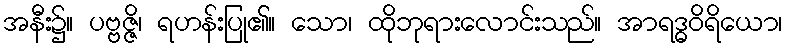
အနီး၌။ ပဗ္ဗဇ္ဇိ၊ ရဟန်းပြု၏။ သော၊ ထိုဘုရားလောင်းသည်။ အာရဒ္ဓဝိရိယော၊